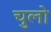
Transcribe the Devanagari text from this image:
चुलो